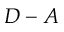
D - A